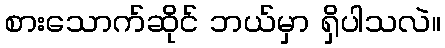
စားသောက်ဆိုင် ဘယ်မှာ ရှိပါသလဲ။